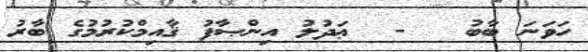
ހަވަނަ ބާބު   -  ޢަދުލު އިންޞާފު ޤާއިމްކުރުމުގެ ބާރު